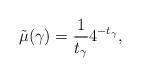
LaTeX: \begin{align*}\tilde\mu(\gamma) = \frac{1}{t_{\gamma}} 4^{-t_{\gamma}},\end{align*}